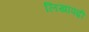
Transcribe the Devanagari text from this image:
लिखापढ़ी